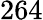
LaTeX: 264